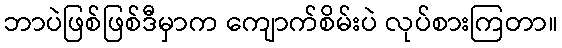
ဘာပဲဖြစ်ဖြစ်ဒီမှာက ကျောက်စိမ်းပဲ လုပ်စားကြတာ။